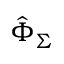
\hat { \Phi } _ { \Sigma }